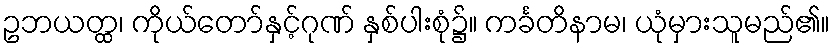
ဥဘယတ္ထ၊ ကိုယ်တော်နှင့်ဂုဏ် နှစ်ပါးစုံ၌။ ကင်္ခတိနာမ၊ ယုံမှားသူမည်၏။